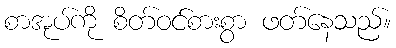
စာအုပ်ကို စိတ်ဝင်စားစွာ ဖတ်နေသည်။